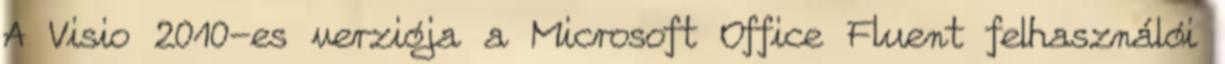
A Visio 2010-es verziója a Microsoft Office Fluent felhasználói